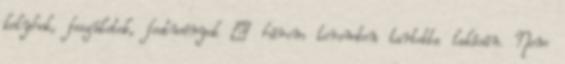
kelyhek, feszületek, festmények – három teremben tartotta lakásán. Nem